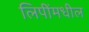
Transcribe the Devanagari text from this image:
लिपींमधील